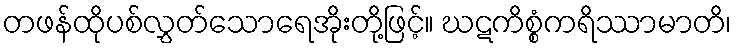
တဖန်ထိုပစ်လွှတ်သောရေအိုးတို့ဖြင့်။ ဃဋကိစ္စံကရိဿာမာတိ၊